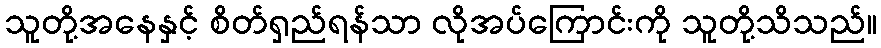
သူတို့အနေနှင့် စိတ်ရှည်ရန်သာ လိုအပ်ကြောင်းကို သူတို့သိသည်။